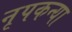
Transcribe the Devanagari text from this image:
नृपकन्या